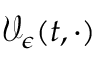
\mathcal { V } _ { \epsilon } ( t , \cdot )